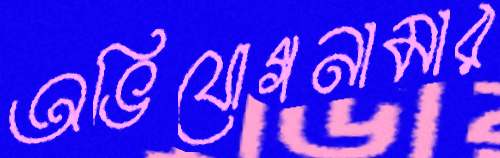
অভিযোগনামার